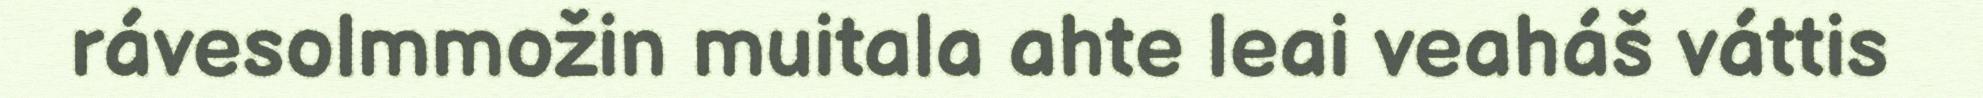
rávesolmmožin muitala ahte leai veaháš váttis